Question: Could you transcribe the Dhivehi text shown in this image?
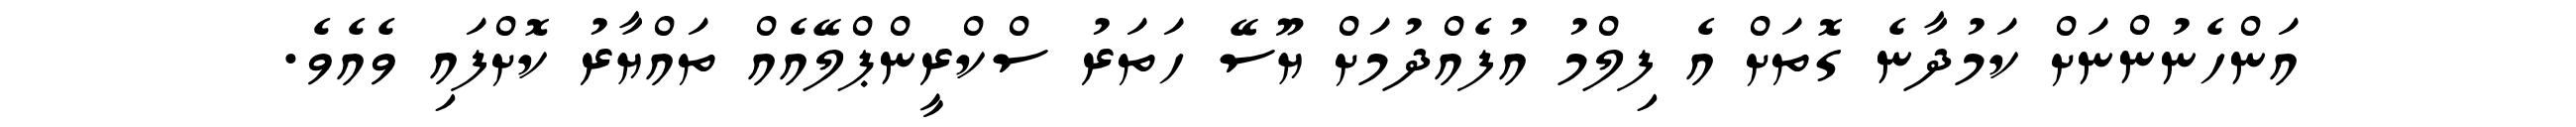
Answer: އަންހެނުންނަށް ކަމުދާނެ ގޮތަށް އެ ފިލްމު އުފެއްދުމަށް ޔޫސޭ ހަތަރު ސްކްރީންޕްލޭއެއް ތައްޔާރު ކޮށްފައި ވެއެވެ.